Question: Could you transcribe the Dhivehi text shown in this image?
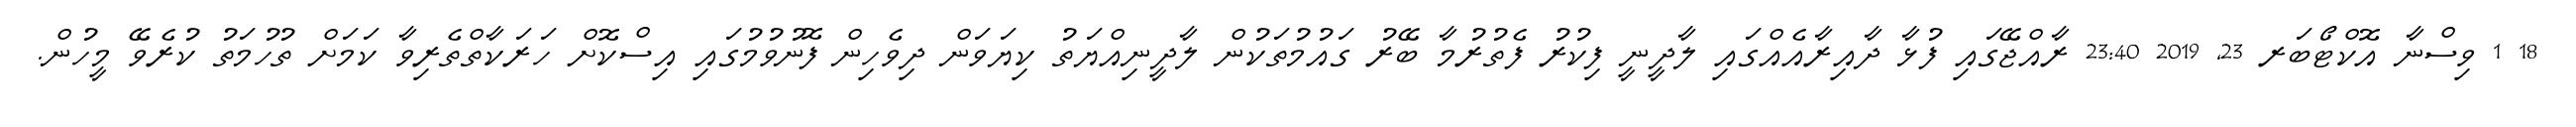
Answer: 18 1 ވިސްނާ އޮކްޓޯބަރ 23, 2019 23:40 ރާއްޖޭގައި ފުޅާ ދާއިރާއެއްގައި ލާދީނީ ފިކުރު ފެތުރުމާ ބޭރު ގައުމުތަކުން ލާދީނިއްޔަތު ކިޔަވަން ދިވެހިން ފޮނުވުމުގައި އިސްކޮށް ހަރަކާތްތެރިވާ ކަމަށް ތުހުމަތު ކުރެވޭ މީހުން.